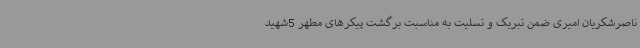
ناصرشکریان امیری ضمن تبریک و تسلیت به مناسبت برگشت پیکرهای مطهر 5شهید